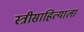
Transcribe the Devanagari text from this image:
स्त्रीसाहित्याला